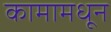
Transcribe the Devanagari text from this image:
कामामधून